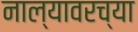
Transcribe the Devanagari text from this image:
नाल्यावरच्या